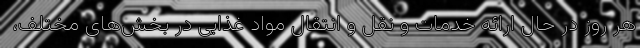
هر روز در حال ارائه خدمات و نقل و انتقال مواد غذایی در بخش‌های مختلف،